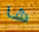
شا